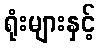
ရုံးများနှင့်